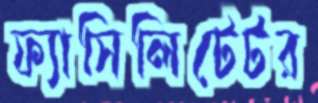
ফ্যাসিলিটেটর